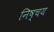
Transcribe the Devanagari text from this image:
निष्चय